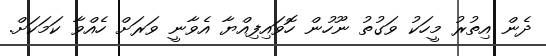
ދެން އިތުރު މީހަކު ވަގުތު ނޫހުން ހޮވައިފިއްޔާ އެވާނީ ވަރަށް ހެއްވާ ކަމަކަށް.